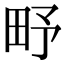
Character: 𤰩